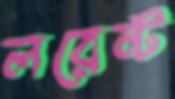
লরেন্ট